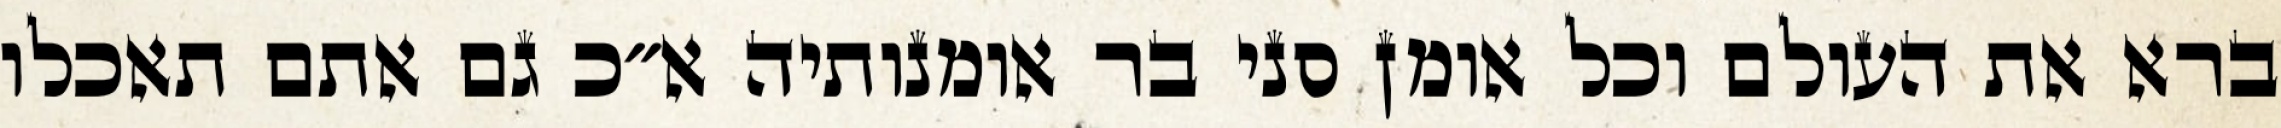
ברא את העולם וכל אומן סני בר אומנותיה א״כ גם אתם תאכלו